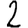
Digit: 2